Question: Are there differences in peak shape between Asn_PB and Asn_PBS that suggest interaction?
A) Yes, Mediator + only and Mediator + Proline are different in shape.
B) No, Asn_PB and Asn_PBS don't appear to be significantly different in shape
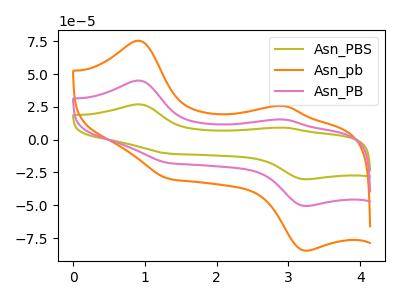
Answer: <think>The olive curve "Asn_PBS" has anodic peaks at (0.90V, 90.05uA) (2.95V, 30.60uA) and cathodic peaks at (1.35V, -35.75uA) (3.25V, -101.20uA). The orange curve "Asn_pb" has anodic peaks at (0.90V, 75.40uA) (2.95V, 25.65uA) and cathodic peaks at (1.35V, -29.90uA) (3.25V, -84.70uA). The pink curve "Asn_PB" has anodic peaks at (0.90V, 45.05uA) (2.95V, 15.30uA) and cathodic peaks at (1.35V, -17.85uA) (3.25V, -50.60uA).
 All the peaks in "Asn_PB" have a peak in "Asn_PBS" at the same potential. Every peak in "Asn_PB" is lower than every peak in "Asn_PBS".</think>
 <answer>B) No, "Asn_PB" and "Asn_PBS" don't appear to be significantly different in shape</answer>
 <eval>B</eval>